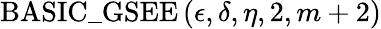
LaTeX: \mathrm{BASIC\_ GSEE}\left(\epsilon,\delta,\eta,2,m+2\right)